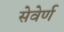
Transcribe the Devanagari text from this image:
सेवेर्ण